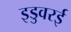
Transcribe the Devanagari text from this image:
इडुवरई